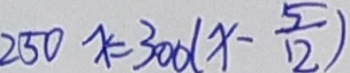
2 5 0 x = 3 0 0 ( x - \frac { 5 } { 1 2 } )